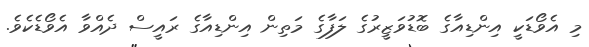
މި އެވޯޑަކީ އިންޑިއާގެ ބޮޑުވަޒީރުގެ ލަފާގެ މަތިން އިންޑިއާގެ ރައީސް ދެއްވާ އެވޯޑެކެވެ.